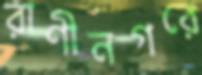
রাণীনগরে